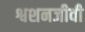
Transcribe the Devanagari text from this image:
श्वशनजीवी